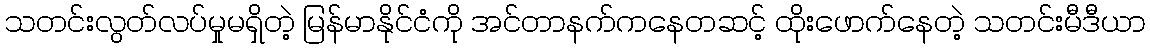
သတင်းလွတ်လပ်မှုမရှိတဲ့ မြန်မာနိုင်ငံကို အင်တာနက်ကနေတဆင့် ထိုးဖောက်နေတဲ့ သတင်းမီဒီယာ